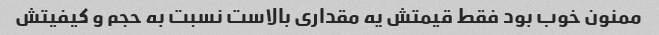
ممنون خوب بود فقط قیمتش یه مقداری بالاست نسبت به حجم و کیفیتش